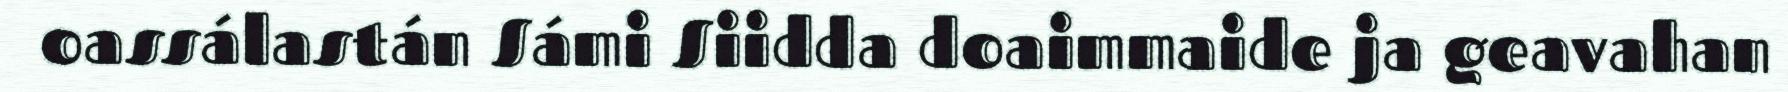
oassálastán Sámi Siidda doaimmaide ja geavahan